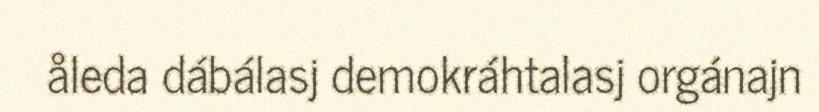
åleda dábálasj demokráhtalasj orgánajn